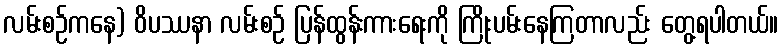
လမ်းစဉ်ကနေ) ဝိပဿနာ လမ်းစဉ် ပြန်ထွန်းကားရေးကို ကြိုးပမ်းနေကြတာလည်း တွေ့ရပါတယ်။